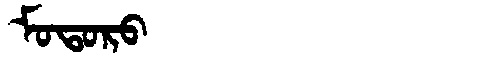
Manchu: ᠮᠣᡨᠣᡵᠣ
Romanization: MOTORO